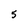
Character: 5